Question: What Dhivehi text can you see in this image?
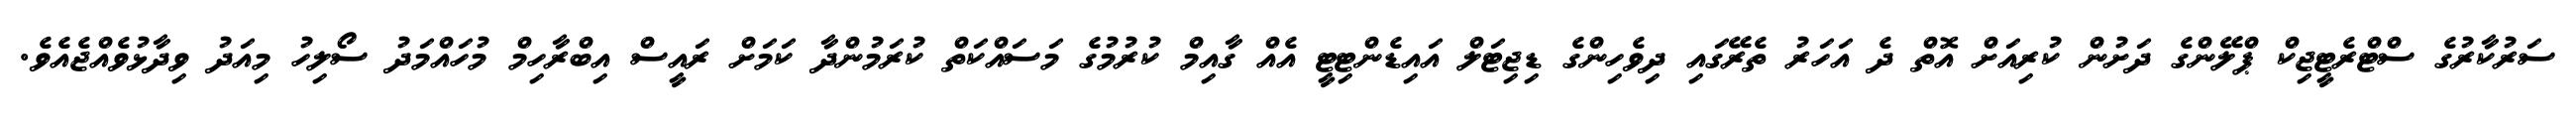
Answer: ސަރުކާރުގެ ސްޓްރެޓީޖިކް ޕްލޭންގެ ދަށުން ކުރިއަށް އޮތް ދެ އަހަރު ތެރޭގައި ދިވެހިންގެ ޑިޖިޓަލް އައިޑެންޓިޓީ އެއް ގާއިމް ކުރުމުގެ މަސައްކަތް ކުރަމުންދާ ކަމަށް ރައީސް އިބްރާހިމް މުހައްމަދު ސޯލިހު މިއަދު ވިދާޅުވެއްޖެއެވެ.